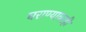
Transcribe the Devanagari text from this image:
घराण्यावरही